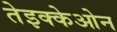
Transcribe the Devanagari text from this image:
तेइक्केओन